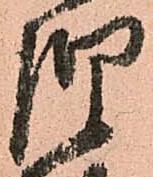
惶